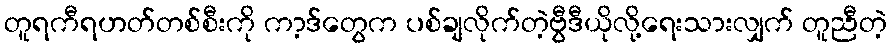
တူရကီရဟတ်တစ်စီးကို ကာ့ဒ်တွေက ပစ်ချလိုက်တဲ့ဗွီဒီယိုလို့ရေးသားလျှက် တူညီတဲ့